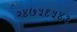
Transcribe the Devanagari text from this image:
२४७५९५४३